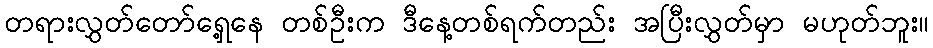
တရားလွှတ်တော်ရှေ့နေ တစ်ဦးက ဒီနေ့တစ်ရက်တည်း အပြီးလွှတ်မှာ မဟုတ်ဘူး။